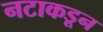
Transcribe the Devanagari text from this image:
नटाकडून